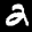
Label: 2